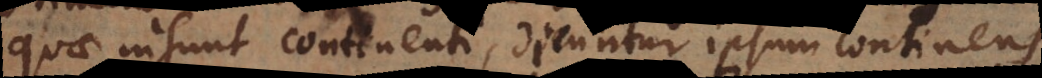
quae insunt continenti, dicuntur ipsum continens